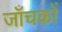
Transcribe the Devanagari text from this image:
जाँचकों